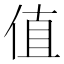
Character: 值